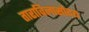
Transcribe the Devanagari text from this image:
ताराविलासोदय